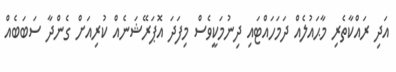
އަދި ރައްކާތެރި މާޙައުލެއް ދަމަހައްޓައި ދިނުމަކީވެސް މިފަދަ އޮޕަރޭޝަނެއް ކުރިއަށް ގެންދާ ސަބަބެއް